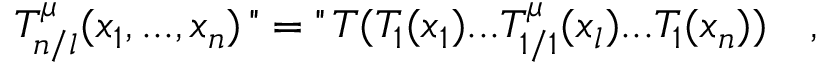
T _ { n / l } ^ { \mu } ( x _ { 1 } , . . . , x _ { n } ) \, " = " \, T ( T _ { 1 } ( x _ { 1 } ) . . . T _ { 1 / 1 } ^ { \mu } ( x _ { l } ) . . . T _ { 1 } ( x _ { n } ) ) \quad ,